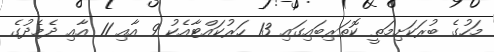
މަހުގެ ބުރަކަށިމަތީ ކޮތަރިބައިގައި 13 ހަރުކައްޓާއެކު 9 އާއި 11 އާއި ދެމެދުގެ